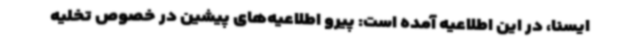
ایسنا، در این اطلاعیه آمده است: پیرو اطلاعیه‌های پیشین در خصوص تخلیه